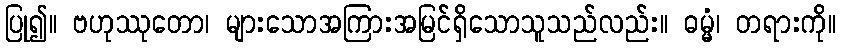
ပြု၍။ ဗဟုဿုတော၊ များသောအကြားအမြင်ရှိသောသူသည်လည်း။ ဓမ္မံ၊ တရားကို။